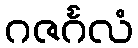
ဂဇင်္ဂလံ